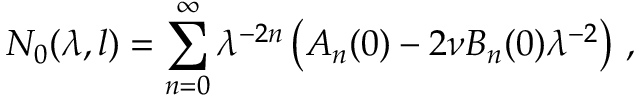
N _ { 0 } ( \lambda , l ) = \sum _ { n = 0 } ^ { \infty } \lambda ^ { - 2 n } \left( A _ { n } ( 0 ) - 2 \nu B _ { n } ( 0 ) \lambda ^ { - 2 } \right) \, ,